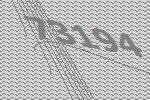
73194